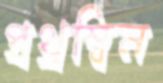
প্রথ্রম্বিন